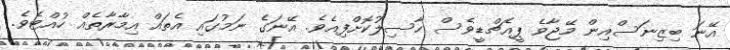
އޭނަ ބިޒިނަސްއިން މޭޖާވެ ޕީއެޗްޑީވެސް ހާސިލުކޮށްފިއެވެ. އޭނަގެ ނަމުގައި އެތައް އިމާރާތެއް ހުއްޓެވެ.